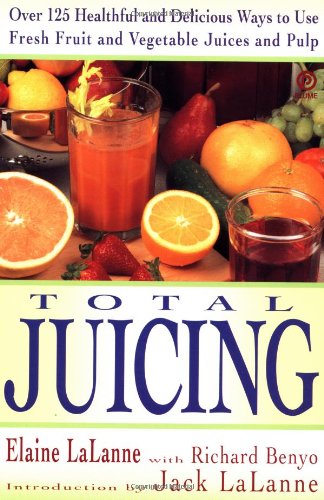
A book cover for Total Juicing: Over 125 Healthful and Delicious Ways to Use Fresh Fruit and Vegetable Juices and Pulp; Elaine Lalanne; Cookbooks, Food & Wine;